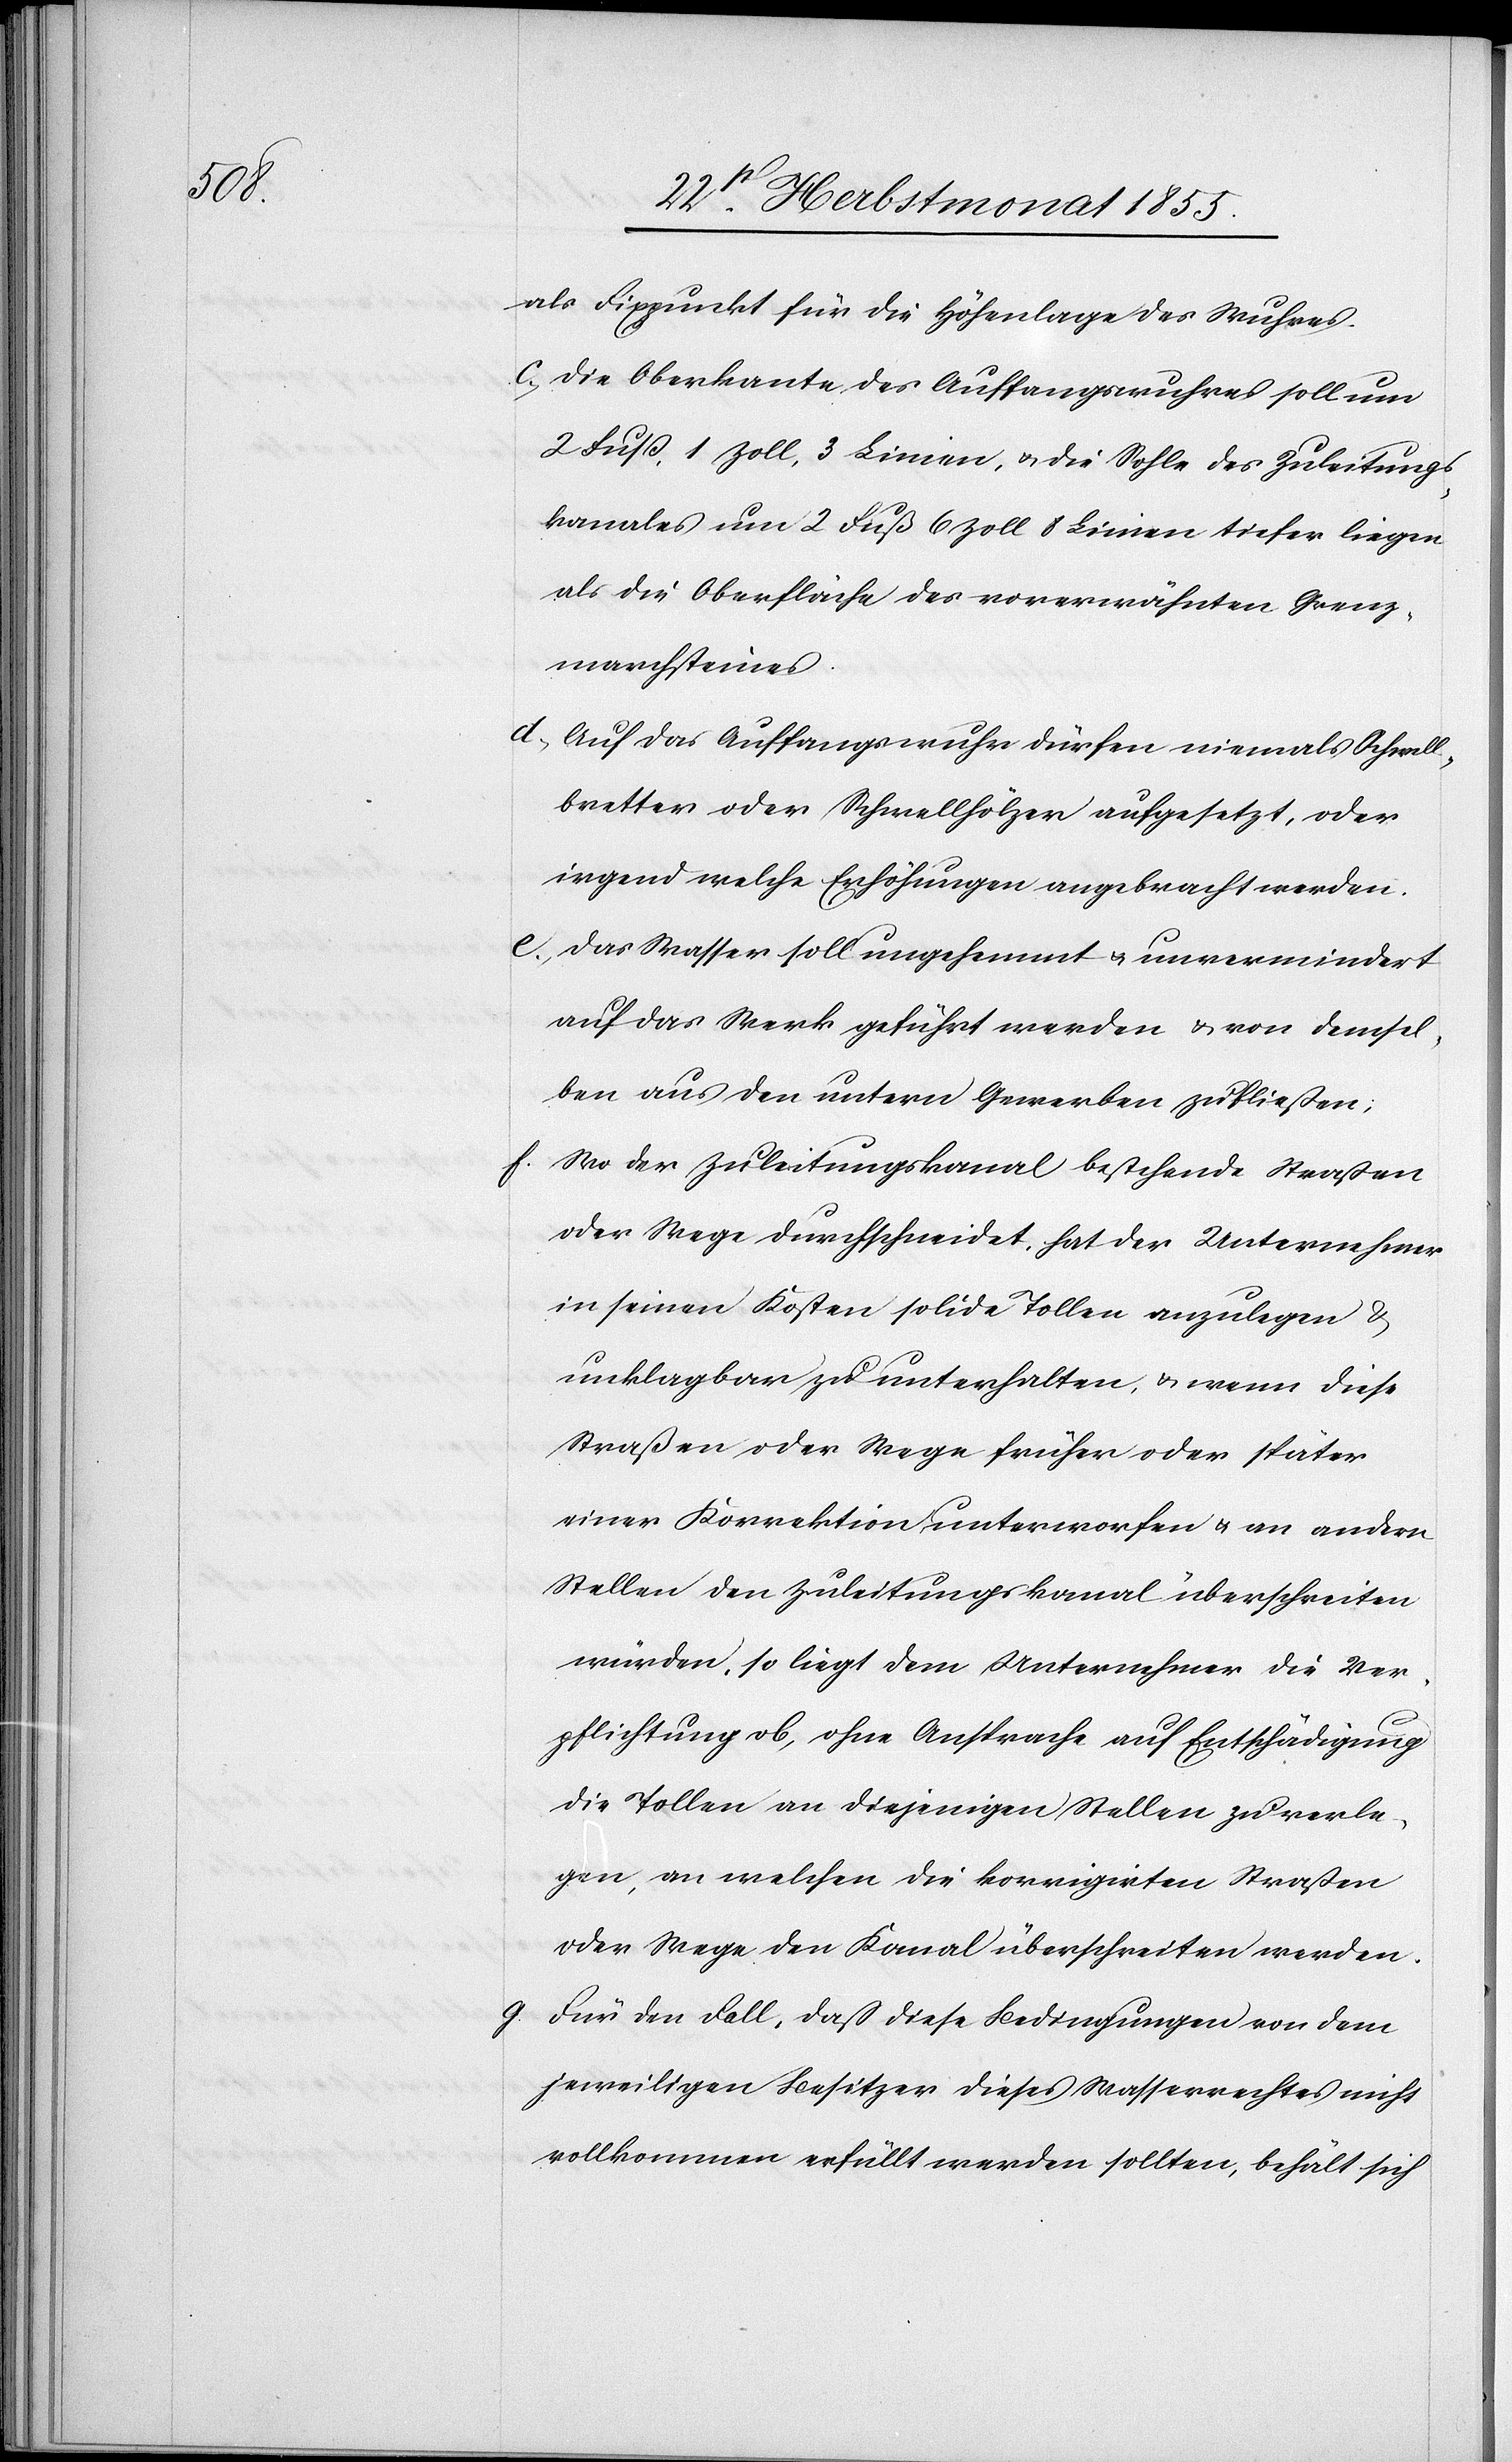
als Fixpunkt für die Höhenlage des Wuhres.
Die Oberkante des Auffangswuhres soll um
2 Fuß, 1 Zoll, 3 Linien, & die Sohle des Zuleitungs¬
kanales um 2 Fuß 6 Zoll 8 Linien tiefer liegen
als die Oberfläche des vorerwähnten Grenz¬
marchsteines.
Auf das Auffangswuhr dürfen niemals Schwell¬
bretter oder Schwellhölzer aufgesetzt, oder
irgend welche Erhöhungen angebracht werden.
Das Wasser soll ungehemmt & unvermindert
auf das Werk geführt werden & von demsel¬
ben aus den untern Gewerben zufließen;
Wo der Zuleitungskanal bestehende Straßen
oder Wege durchschneidet, hat der Unternehmer
in seinen Kosten solide Tollen anzulegen &
unklagbar zu unterhalten, & wenn diese
Straßen oder Wege früher oder später
einer Korrektion unterworfen & an andern
Stellen den Zuleitungskanal überschreiten
würden, so liegt dem Unternehmer die Ver¬
pflichtung ob, ohne Ansprache auf Entschädigung
die Tollen an diejenigen Stellen zu verle¬
gen, an welchen die korrigirten Straßen
oder Wege den Kanal überschreiten werden.
Für den Fall, daß diese Bedingungen von dem
jeweiligen Besitzer dieses Wasserrechtes nicht
vollkommen erfüllt werden sollten, behält sich